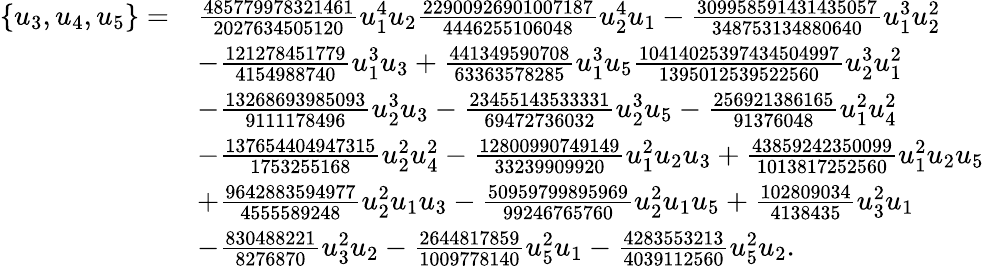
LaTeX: \begin{array}{rl}{\{ u_{3},u_{4},u_{5}\} =}&{\frac{485779978321461}{2027634505120}u_{1}^{4}u_{2}\frac{22900926901007187}{4446255106048}u_{2}^{4}u_{1}-\frac{309958591431435057}{348753134880640}u_{1}^{3}u_{2}^{2}}\\ &{-\frac{121278451779}{4154988740}u_{1}^{3}u_{3}+\frac{441349590708}{63363578285}u_{1}^{3}u_{5}\frac{10414025397434504997}{1395012539522560}u_{2}^{3}u_{1}^{2}}\\ &{-\frac{13268693985093}{9111178496}u_{2}^{3}u_{3}-\frac{23455143533331}{69472736032}u_{2}^{3}u_{5}-\frac{256921386165}{91376048}u_{1}^{2}u_{4}^{2}}\\ &{-\frac{137654404947315}{1753255168}u_{2}^{2}u_{4}^{2}-\frac{12800990749149}{33239909920}u_{1}^{2}u_{2}u_{3}+\frac{43859242350099}{1013817252560}u_{1}^{2}u_{2}u_{5}}\\ &{+\frac{9642883594977}{4555589248}u_{2}^{2}u_{1}u_{3}-\frac{50959799895969}{99246765760}u_{2}^{2}u_{1}u_{5}+\frac{102809034}{4138435}u_{3}^{2}u_{1}}\\ &{-\frac{830488221}{8276870}u_{3}^{2}u_{2}-\frac{2644817859}{1009778140}u_{5}^{2}u_{1}-\frac{4283553213}{4039112560}u_{5}^{2}u_{2}.}\end{array}